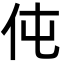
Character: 伅